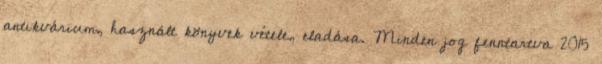
antikvárium, használt könyvek vétele, eladása. Minden jog fenntartva 2015